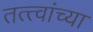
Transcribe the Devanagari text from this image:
तत्‍त्वांच्या